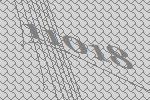
11018